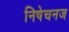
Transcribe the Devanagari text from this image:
निषेचनज